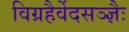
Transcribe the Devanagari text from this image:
विग्रहैर्वेदसञ्ज्ञैः